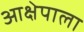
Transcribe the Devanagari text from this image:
आक्षेपाला